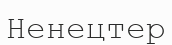
Ненецтер